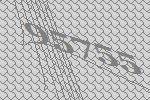
95755